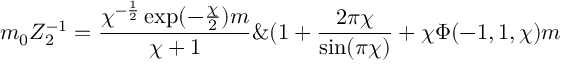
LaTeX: m _ { 0 } Z _ { 2 } ^ { - 1 } = \frac { \chi ^ { - \frac { 1 } { 2 } } \exp ( - \frac { \chi } { 2 } ) m } { \chi + 1 } \& ( 1 + \frac { 2 \pi \chi } { \sin ( \pi \chi ) } + \chi \Phi ( - 1 , 1 , \chi ) m